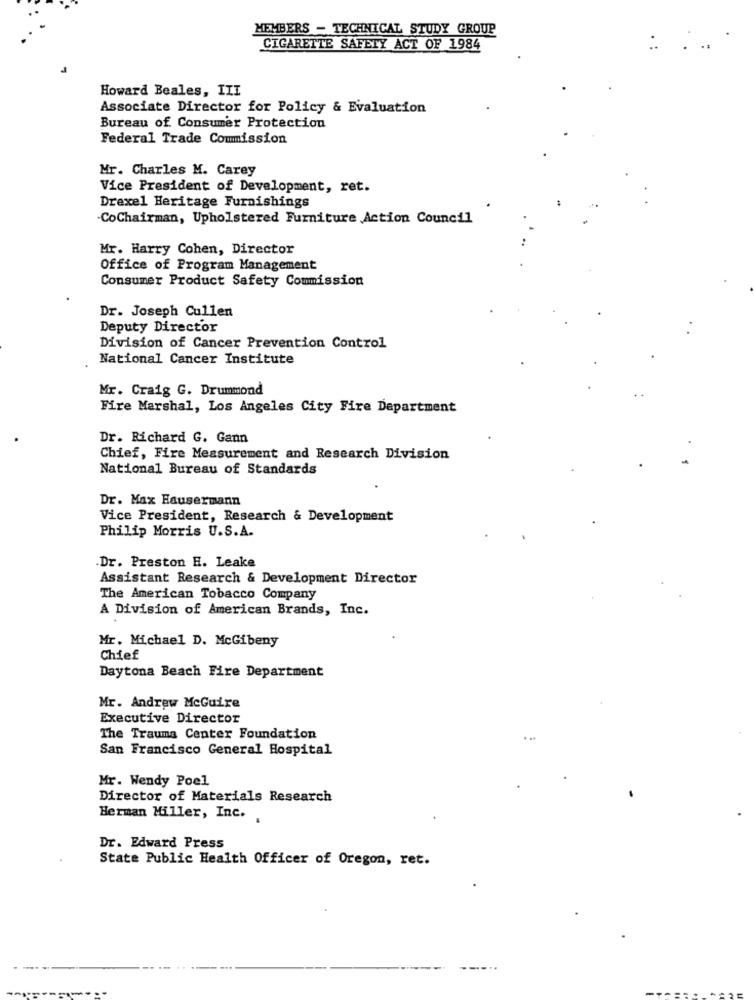
MEMBERS - TECHNICAL STUDY GROUP
CIGARETTE SAFETY ACT OF 1984
Howard Beales, III
Associate Director for Policy & Evaluation
Bureau of Consumer Protection
Federal Trade Commission
Mr. Charles M. Carey
Vice President of Development, ret.
Drexel Heritage Furnishings
-CoChairman, Upholstered Furniture Action Council
Mr. Harry Cohen, Director
Office of Program Management
Consumer Product Safety Commission
Dr. Joseph Cullen
Deputy Director
Division of Cancer Prevention Control
National Cancer Institute
Mr. Craig G. Drummond
Fire Marshal, Los Angeles City Fire Department
Dr. Richard G. Gann
Chief, Fire Measurement and Research Division
National Bureau of Standards
Dr. Max Eausermann
Vice President, Research & Development
Philip Morris U.S.A.
.Dr. Preston H. Leake
Assistant Research & Development Director
The American Tobacco Company
A Division of American Brands, Inc.
Mr. Michael D. McGibeny
Chief
Daytona Beach Fire Department
Mr. Andrew McGuire
Executive Director
The Trauma Center Foundation
San Francisco General Hospital
Mr. Wendy Poel
Director of Materials Research
Herman Miller, Inc.
Dr. Edward Press
State Public Health Officer of Oregon, ret.